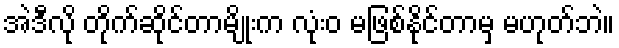
အဲဒီလို တိုက်ဆိုင်တာမျိုးက လုံးဝ မဖြစ်နိုင်တာမှ မဟုတ်ဘဲ။